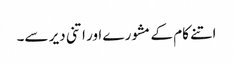
اتنے کام کے مشورے اور اتنی دیر سے۔